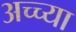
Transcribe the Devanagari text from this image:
अच्च्या